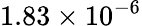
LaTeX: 1.83\times 10^{-6}